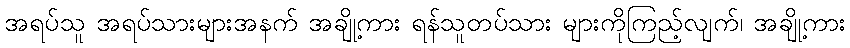
အရပ်သူ အရပ်သားများအနက် အချို့ကား ရန်သူတပ်သား များကိုကြည့်လျက်၊ အချို့ကား